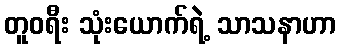
တူဝရီး သုံးယောက်ရဲ့ သာသနာဟာ